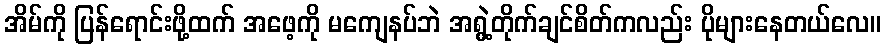
အိမ်ကို ပြန်ရောင်းဖို့ထက် အဖေ့ကို မကျေနပ်ဘဲ အရွဲ့တိုက်ချင်စိတ်ကလည်း ပိုများနေတယ်လေ။